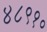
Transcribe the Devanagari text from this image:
४८९१०